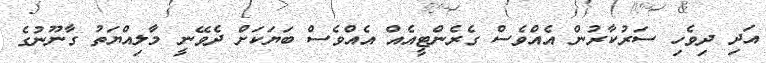
އަދި ދިވެހި ސަރުކާރުން އެއްވެސް ގެރެންޓީއެއް އެއްވެސް ބަޔަކަށް ދެވޭނީ މާލިއްޔަތު ގާނޫނުގެ